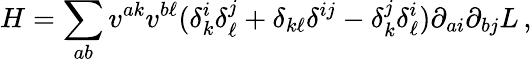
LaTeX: H=\sum_{ab}v^{ak}v^{b\ell}(\delta_{k}^{i}\delta_{\ell}^{j}+\delta_{k\ell}\delta^{ij}-\delta_{k}^{j}\delta_{\ell}^{i})\partial_{ai}\partial_{bj}L\, ,